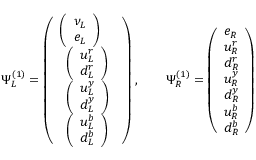
\Psi _ { L } ^ { ( 1 ) } = \left( \begin{array} { l } { { { \left( \begin{array} { l } { { \nu _ { L } } } \\ { { e _ { L } } } \end{array} \right) } } } \\ { { { \begin{array} { l } { { \left( \begin{array} { l } { { u _ { L } ^ { r } } } \\ { { d _ { L } ^ { r } } } \end{array} \right) } } \\ { { \left( \begin{array} { l } { { u _ { L } ^ { y } } } \\ { { d _ { L } ^ { y } } } \end{array} \right) } } \\ { { \left( \begin{array} { l } { { u _ { L } ^ { b } } } \\ { { d _ { L } ^ { b } } } \end{array} \right) } } \end{array} } } } \end{array} \right) , \qquad \Psi _ { R } ^ { ( 1 ) } = \left( \begin{array} { l } { { e _ { R } } } \\ { { u _ { R } ^ { r } } } \\ { { d _ { R } ^ { r } } } \\ { { u _ { R } ^ { y } } } \\ { { d _ { R } ^ { y } } } \\ { { u _ { R } ^ { b } } } \\ { { d _ { R } ^ { b } } } \end{array} \right)